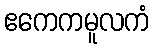
ဧကေကမူလကံ